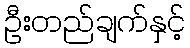
ဦးတည်ချက်နှင့်